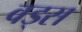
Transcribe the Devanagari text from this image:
वड्स